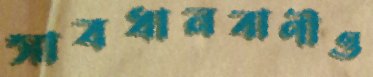
সাবধানবাণীও